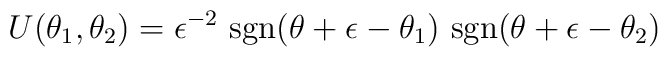
U(\theta_1,\theta_2) = \epsilon^{-2} \mbox{ sgn}(\theta+ \epsilon-\theta_1) \mbox{ sgn}(\theta+ \epsilon-\theta_2)